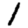
Digit: 1